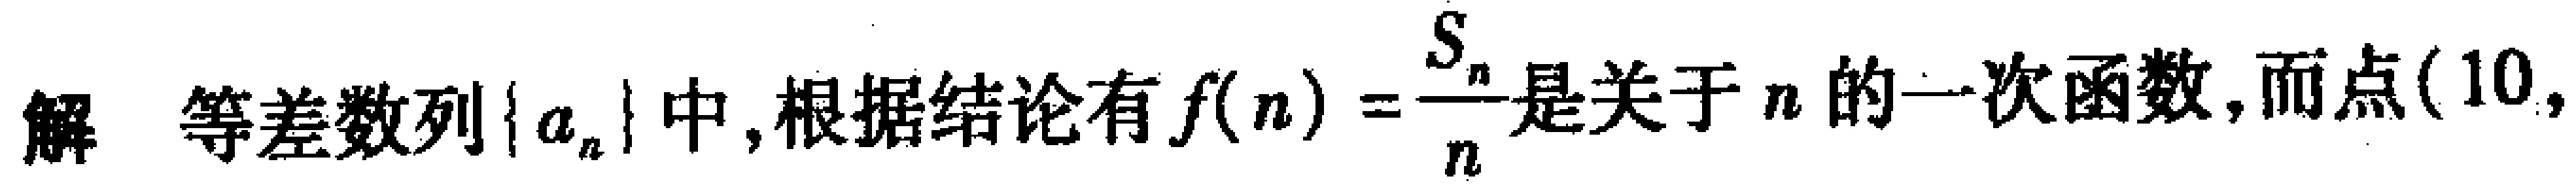
解 等差数列\(\{ a_{n}\}\)中, 根据结论有\(f(n)=\frac{S_{n}}{n}\)是关于\(n\)的一次函数, 而点\((10,\)